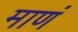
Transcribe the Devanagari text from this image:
माणं